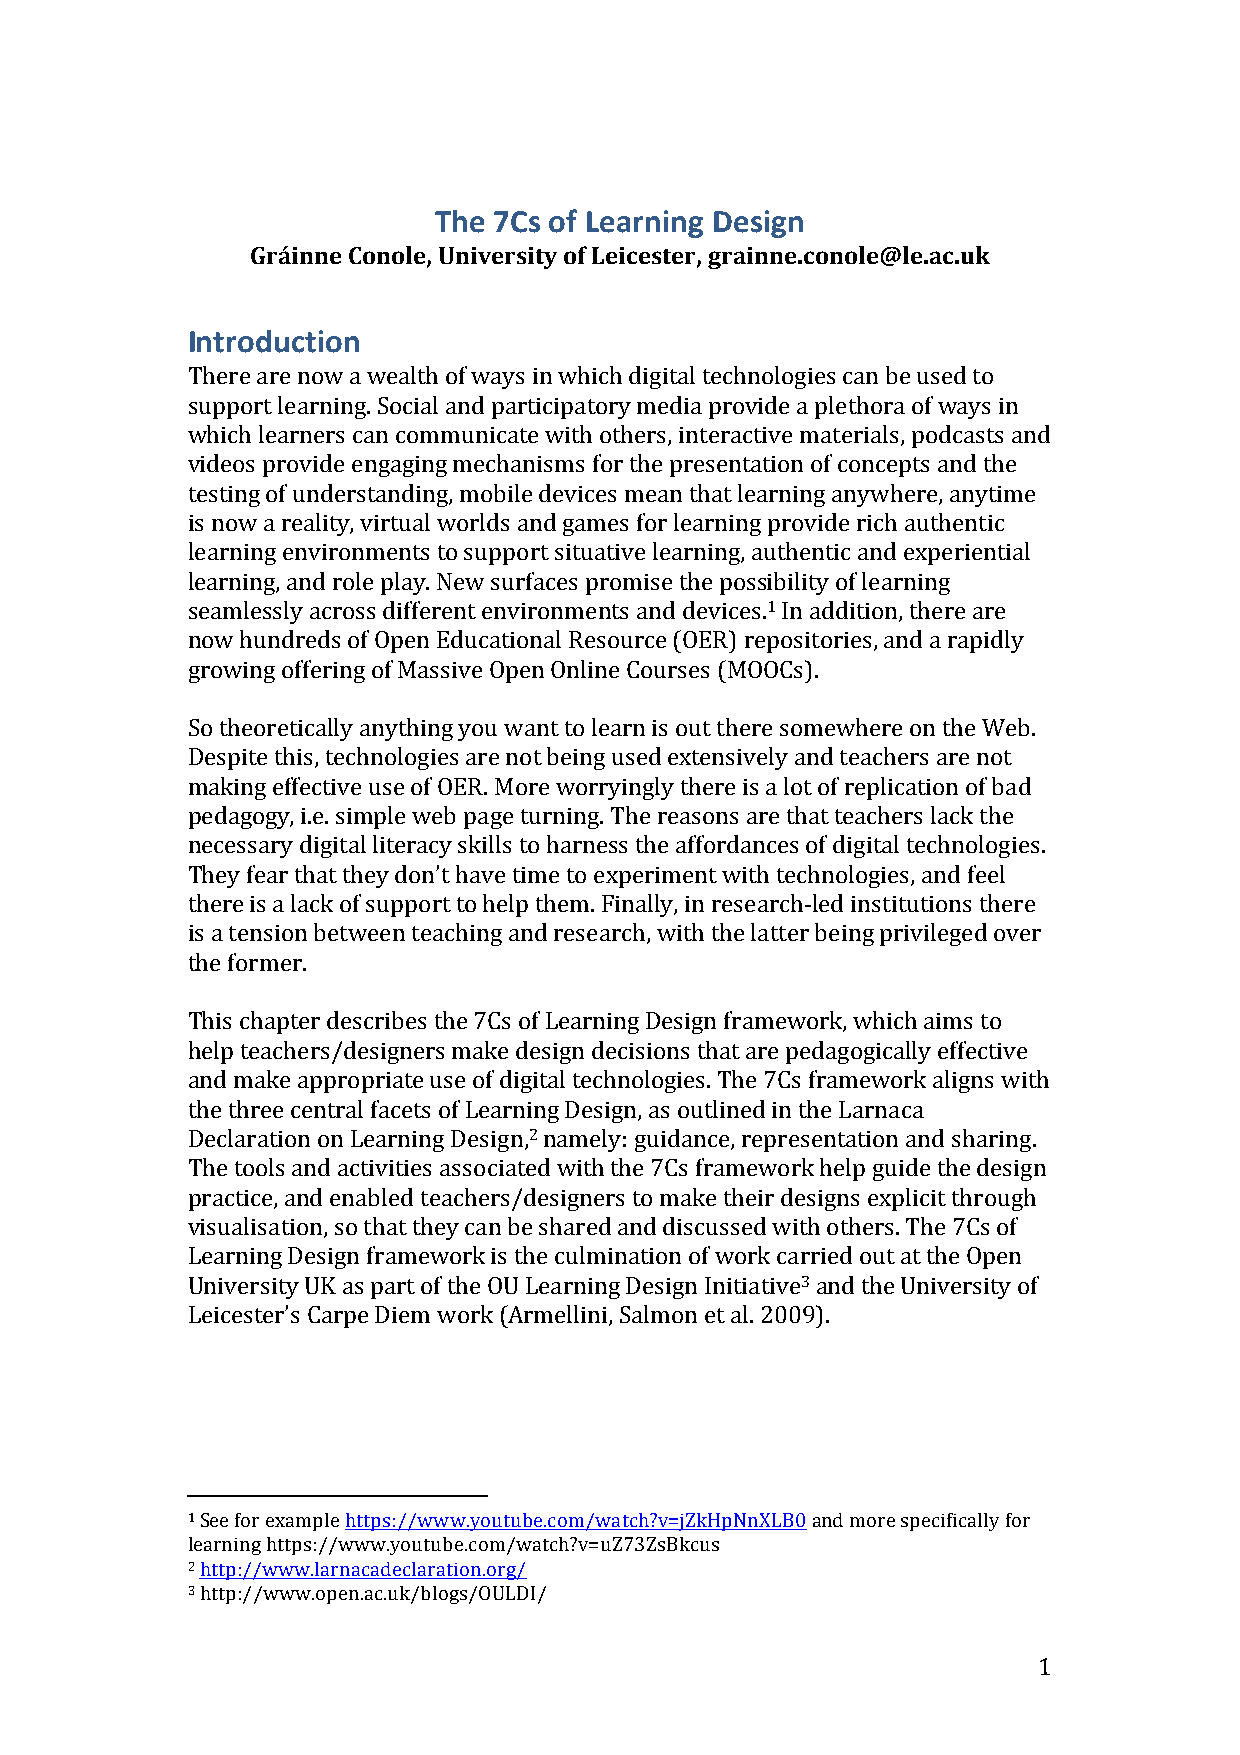
The 7Cs of Learning Design
 Gráinne Conole, University of Leicester, grainne.conole@le.ac.uk
 Introduction
 There are now a wealth of ways in which digital technologies can be used to
 support learning. Social and participatory media provide a plethora of ways in
 which learners can communicate with others, interactive materials, podcasts and
 videos provide engaging mechanisms for the presentation of concepts and the
 testing of understanding, mobile devices mean that learning anywhere, anytime
 is now a reality, virtual worlds and games for learning provide rich authentic
 learning environments to support situative learning, authentic and experiential
 learning, and role play. New surfaces promise the possibility of learning
 seamlessly across different environments and devices.1 In addition, there are
 now hundreds of Open Educational Resource (OER) repositories, and a rapidly
 growing offering of Massive Open Online Courses (MOOCs).
 So theoretically anything you want to learn is out there somewhere on the Web.
 Despite this, technologies are not being used extensively and teachers are not
 making effective use of OER. More worryingly there is a lot of replication of bad
 pedagogy, i.e. simple web page turning. The reasons are that teachers lack the
 necessary digital literacy skills to harness the affordances of digital technologies.
 They fear that they don’t have time to experiment with technologies, and feel
 there is a lack of support to help them. Finally, in research-­‐led institutions there
 is a tension between teaching and research, with the latter being privileged over
 the former.
 This chapter describes the 7Cs of Learning Design framework, which aims to
 help teachers/designers make design decisions that are pedagogically effective
 and make appropriate use of digital technologies. The 7Cs framework aligns with
 the three central facets of Learning Design, as outlined in the Larnaca
 Declaration on Learning Design,2 namely: guidance, representation and sharing.
 The tools and activities associated with the 7Cs framework help guide the design
 practice, and enabled teachers/designers to make their designs explicit through
 visualisation, so that they can be shared and discussed with others. The 7Cs of
 Learning Design framework is the culmination of work carried out at the Open
 University UK as part of the OU Learning Design Initiative3 and the University of
 Leicester’s Carpe Diem work (Armellini, Salmon et al. 2009).
 1 See for example https://www.youtube.com/watch?v=jZkHpNnXLB0 and more specifically for
 learning https://www.youtube.com/watch?v=uZ73ZsBkcus
 2 http://www.larnacadeclaration.org/
 3 http://www.open.ac.uk/blogs/OULDI/
 1